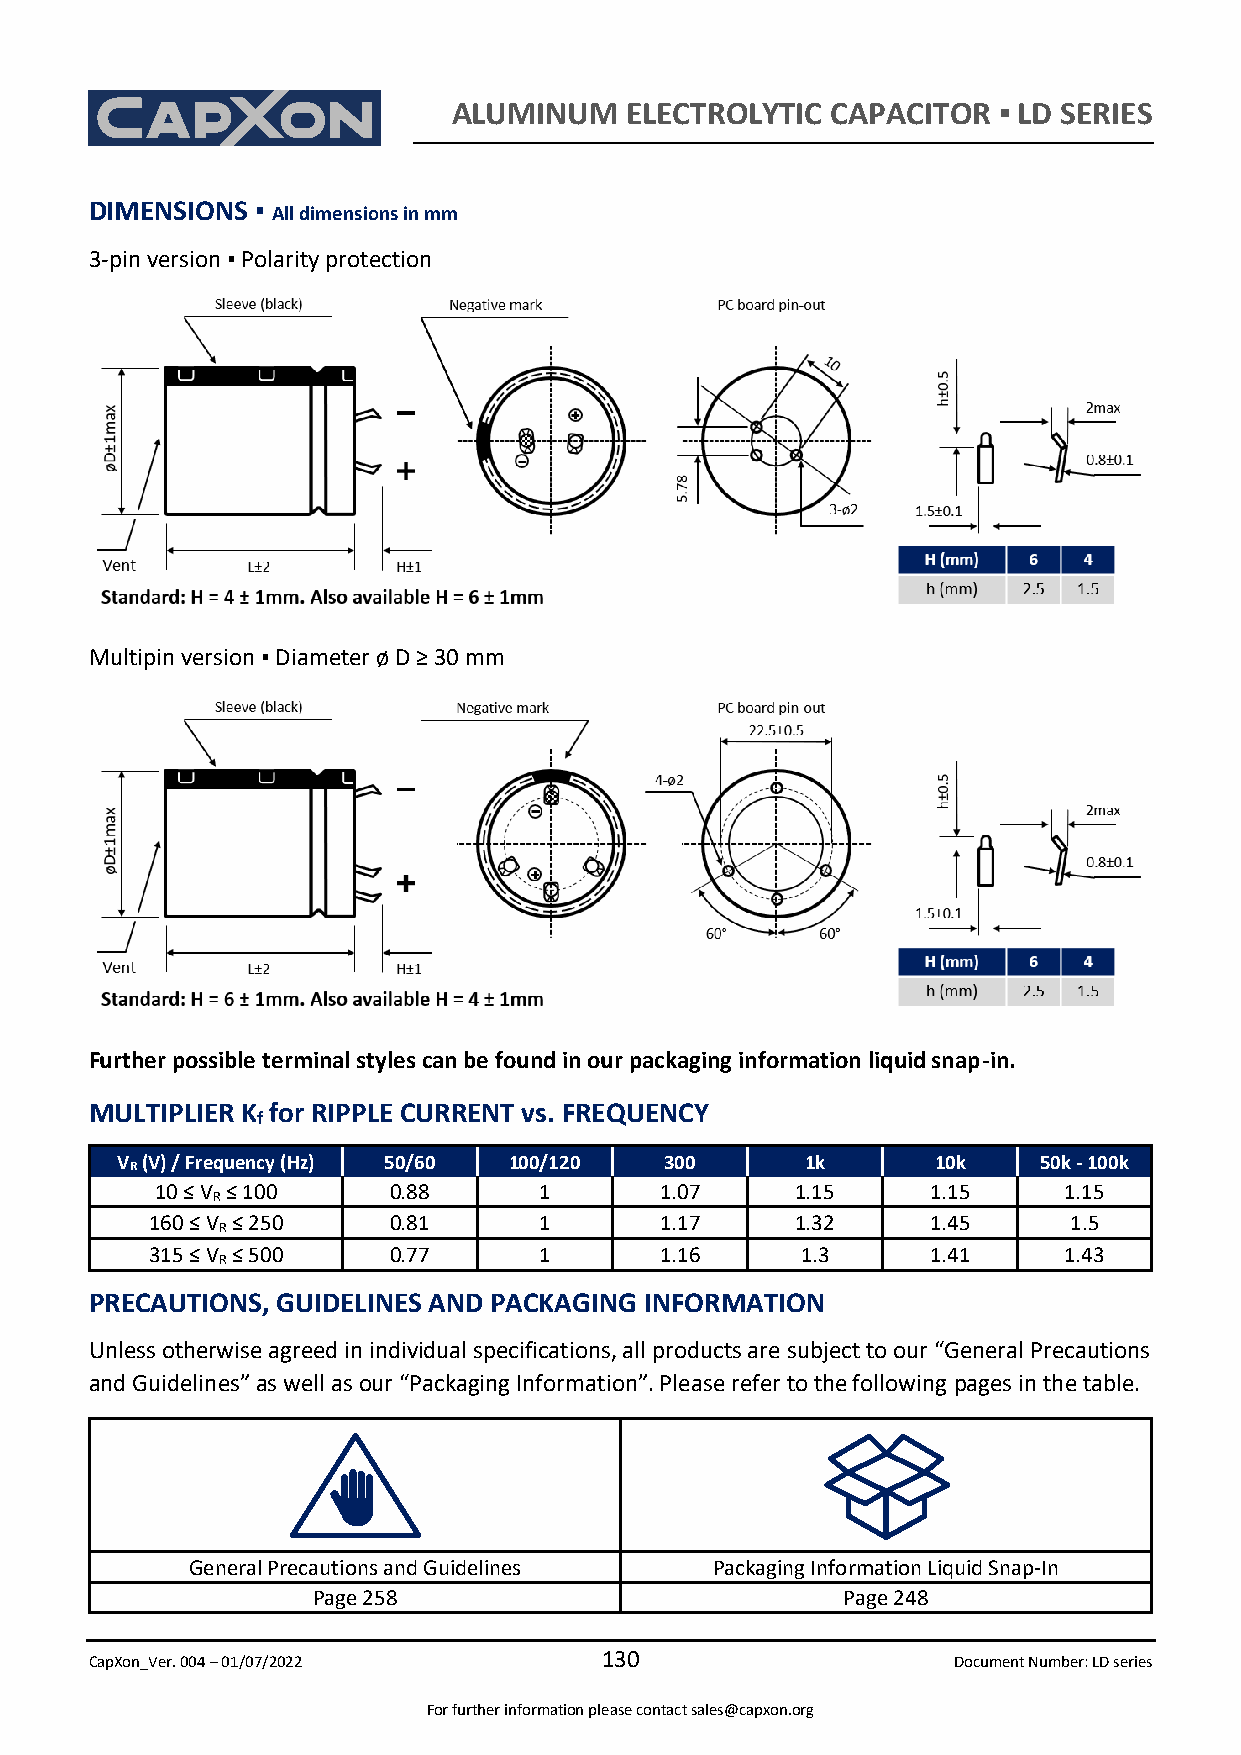
ALUMINUM   ELECTROLYTIC  CAPACITOR  ▪ LD SERIES
 DIMENSIONS ▪ All dimensions in mm
 3-pin version ▪ Polarity protection
 Multipin version ▪ Diameter ø D ≥ 30 mm
 Further possible terminal styles can be found in our packaging information liquid snap-in.
 MULTIPLIER K for RIPPLE CURRENT vs. FREQUENCY
 f
 V (V) / Frequency (Hz) 50/60 100/120 300     1k       10k    50k - 100k
 R
 10 ≤ V R ≤ 100  0.88      1       1.07     1.15     1.15    1.15
 160 ≤ V R ≤ 250 0.81      1       1.17     1.32     1.45     1.5
 315 ≤ V R ≤ 500 0.77      1       1.16     1.3      1.41    1.43
 PRECAUTIONS, GUIDELINES AND PACKAGING INFORMATION
 Unless otherwise agreed in individual specifications, all products are subject to our “General Precautions
 and Guidelines” as well as our “Packaging Information”. Please refer to the following pages in the table.
 General Precautions and Guidelines Packaging Information Liquid Snap-In
 Page 258                           Page 248
 CapXon_Ver. 004 – 01/07/2022
 130
 Document Number: LD series
 For further information please contact sales@capxon.org